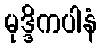
မုဒ္ဒိကပါနံ